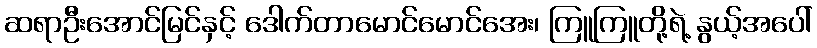
ဆရာဦးအောင်မြင်နှင့် ဒေါက်တာမောင်မောင်အေး၊ ကြူကြူတို့ရဲ့ နွယ့်အပေါ်